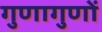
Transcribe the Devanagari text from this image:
गुणागुणों